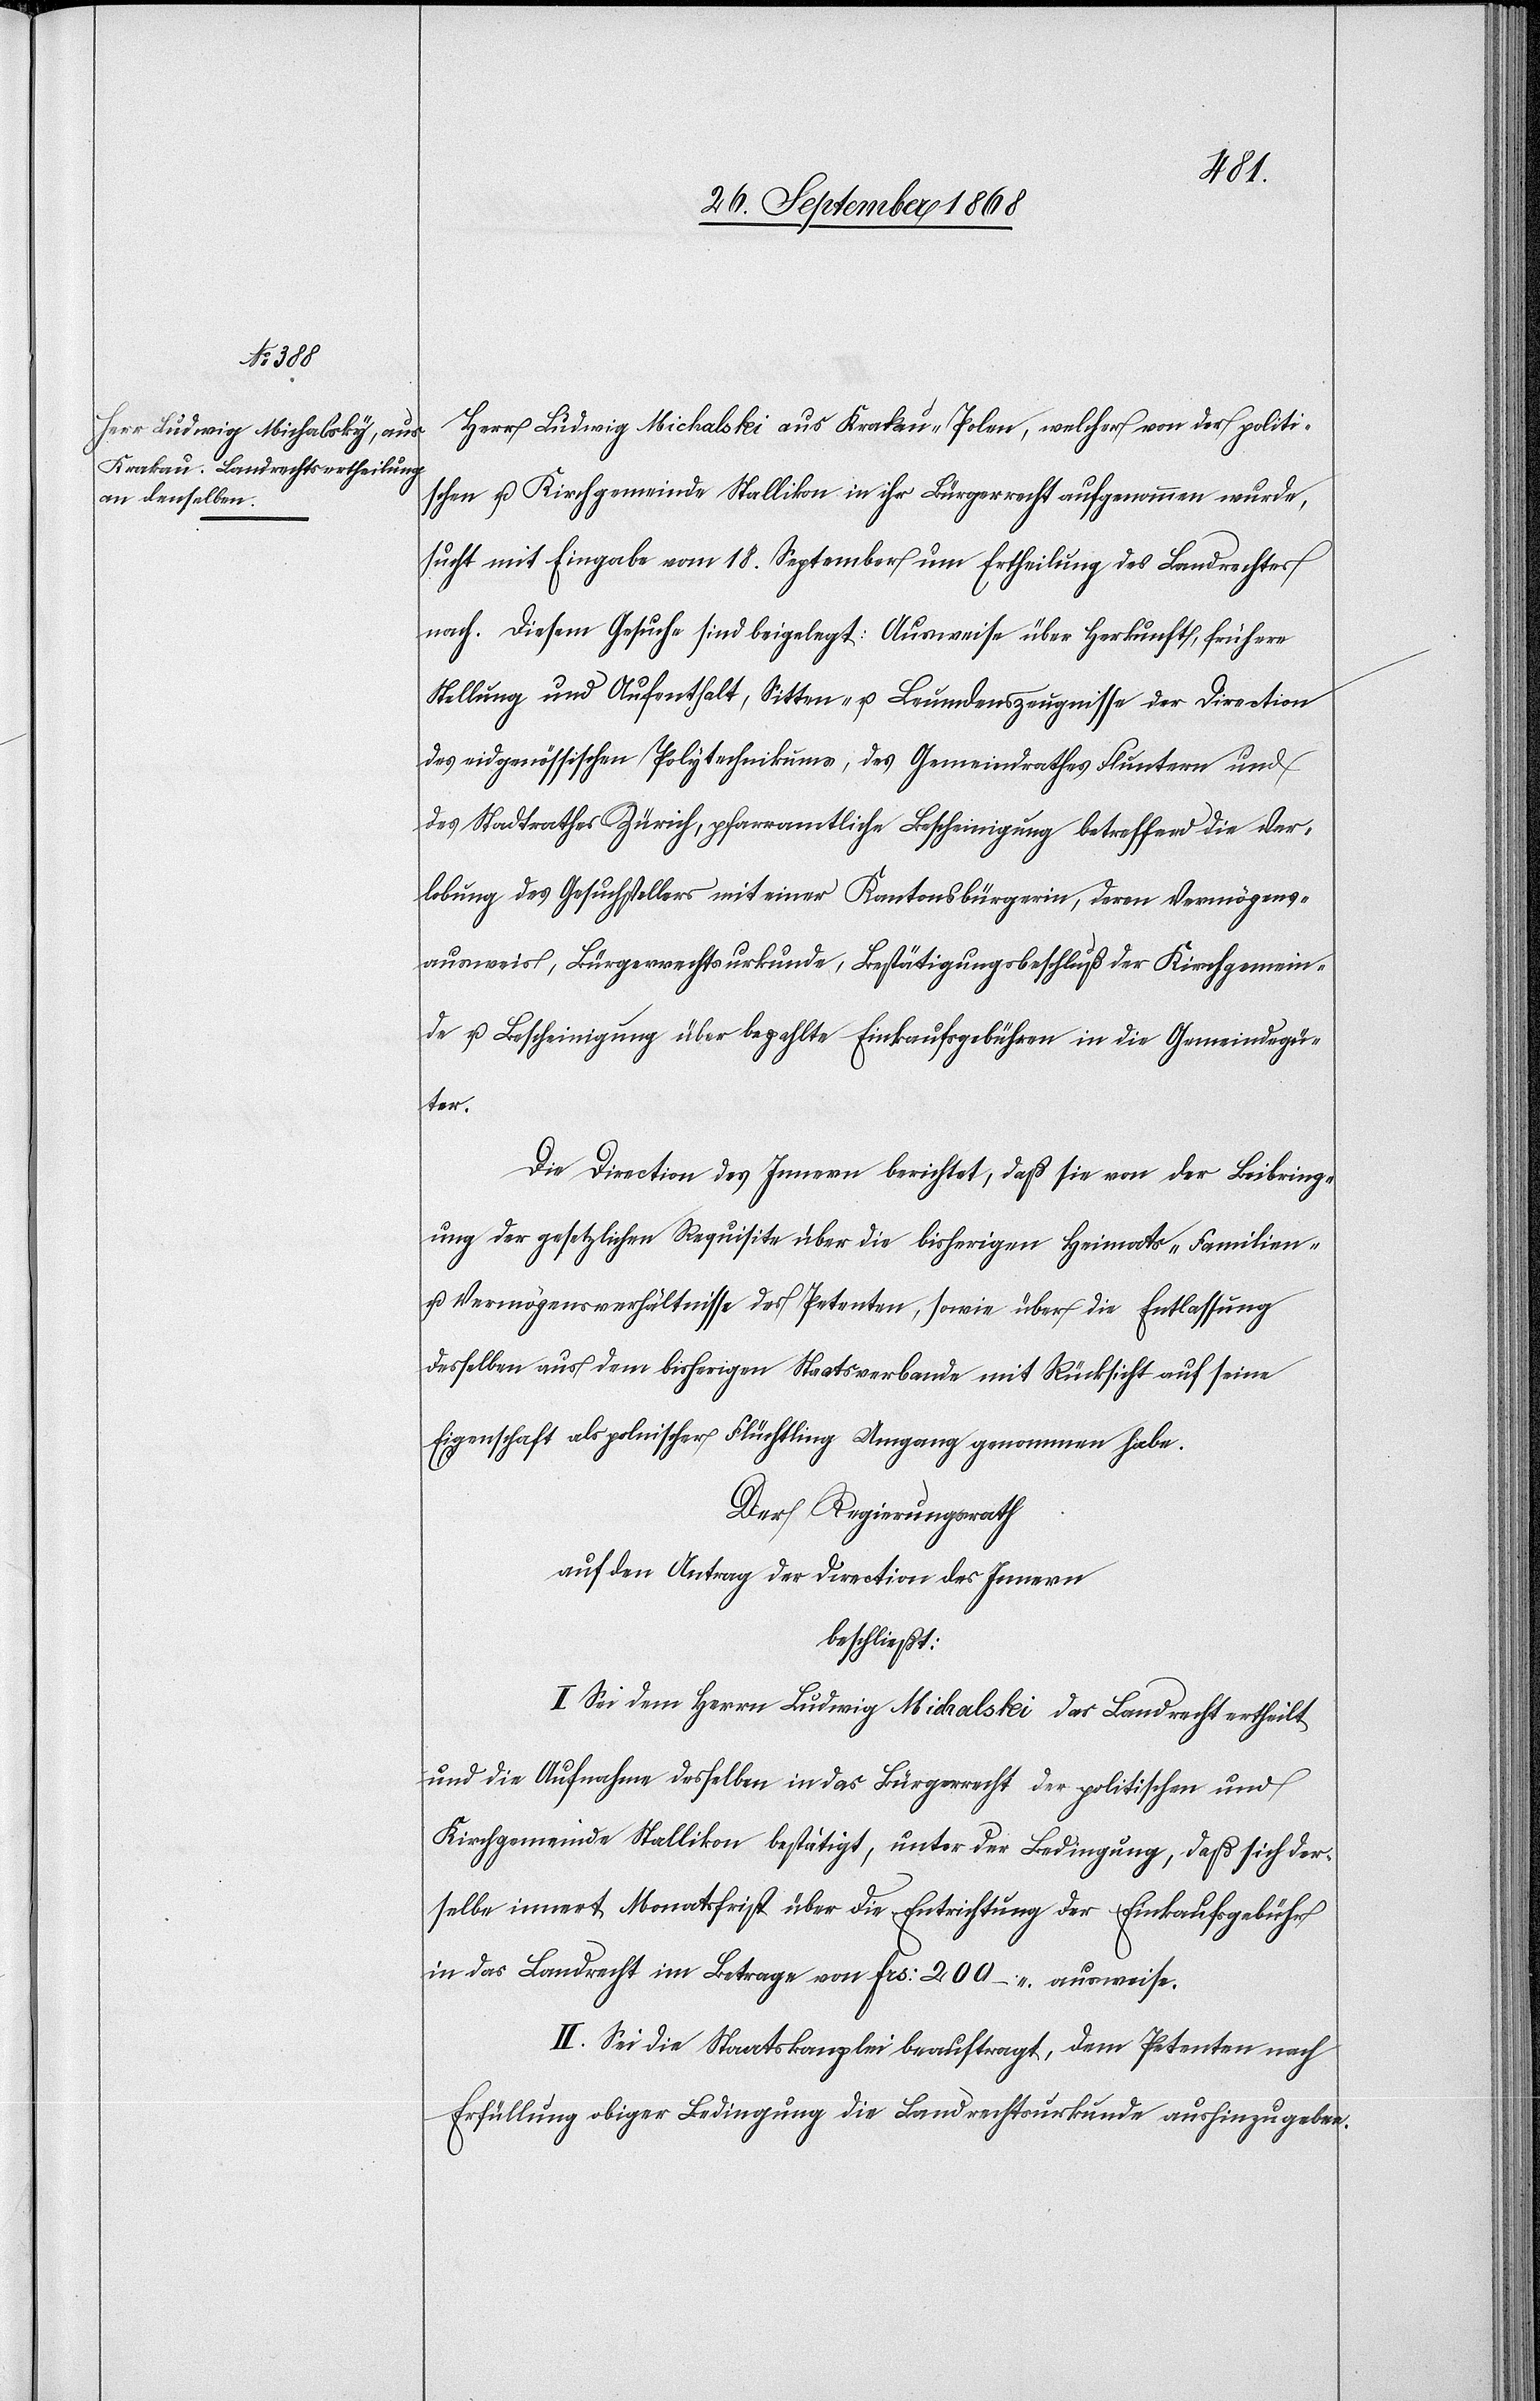
Herr Ludwig Michalski aus Krakau - Polen, welcher von der politi¬
schen u. Kirchgemeinde Stallikon in ihr Bürgerrecht aufgenommen wurde,
sucht mit Eingabe vom 18. September um Ertheilung des Landrechtes
nach. Diesem Gesuche sind beigelegt: Ausweise über Herkunft, frühere
Stellung und Aufenthalt, Sitten- u. Leumdenszeugnisse der Direction
des eidgenössischen Polytechnikums, des Gemeindrathes Fluntern und
des Stadtrathes Zürich, pfarramtliche Bescheinigung betreffend die Ver¬
lobung des Gesuchstellers mit einer Kantonsbürgerin, deren Vermögens¬
ausweis, Bürgerrechtsurkunde, Bestätigungsbeschluß der Kirchgemein¬
de u. Bescheinigung über bezahlte Einkaufsgebühren in die Gemeindegü¬
ter.
Die Direction des Innern berichtet, daß sie von der Beibring¬
ung der gesetzlichen Requisite über die bisherigen Heimats-[,] Familien-
u. Vermögensverhältnisse des Petenten, sowie über die Entlassung
desselben aus dem bisherigen Staatsverbande mit Rücksicht auf seine
Eigenschaft als polnischer Flüchtling Umgang genommen habe.
Der Regierungsrath
auf den Antrag der Direction des Innern
beschließt:
I. Sei dem Herrn Ludwig Michalski das Landrecht ertheilt
und die Aufnahme desselben in das Bürgerrecht der politischen und
Kirchgemeinde Stallikon bestätigt, unter der Bedingung, daß sich der¬
selbe innert Monatsfrist über die Entrichtung der Einkaufsgebühr
in das Landrecht im Betrage von Frs: 200 – ausweise.
II. Sei die Staatskanzlei beauftragt, dem Petenten nach
Erfüllung obiger Bedingung die Landrechtsurkunde aushinzugeben.